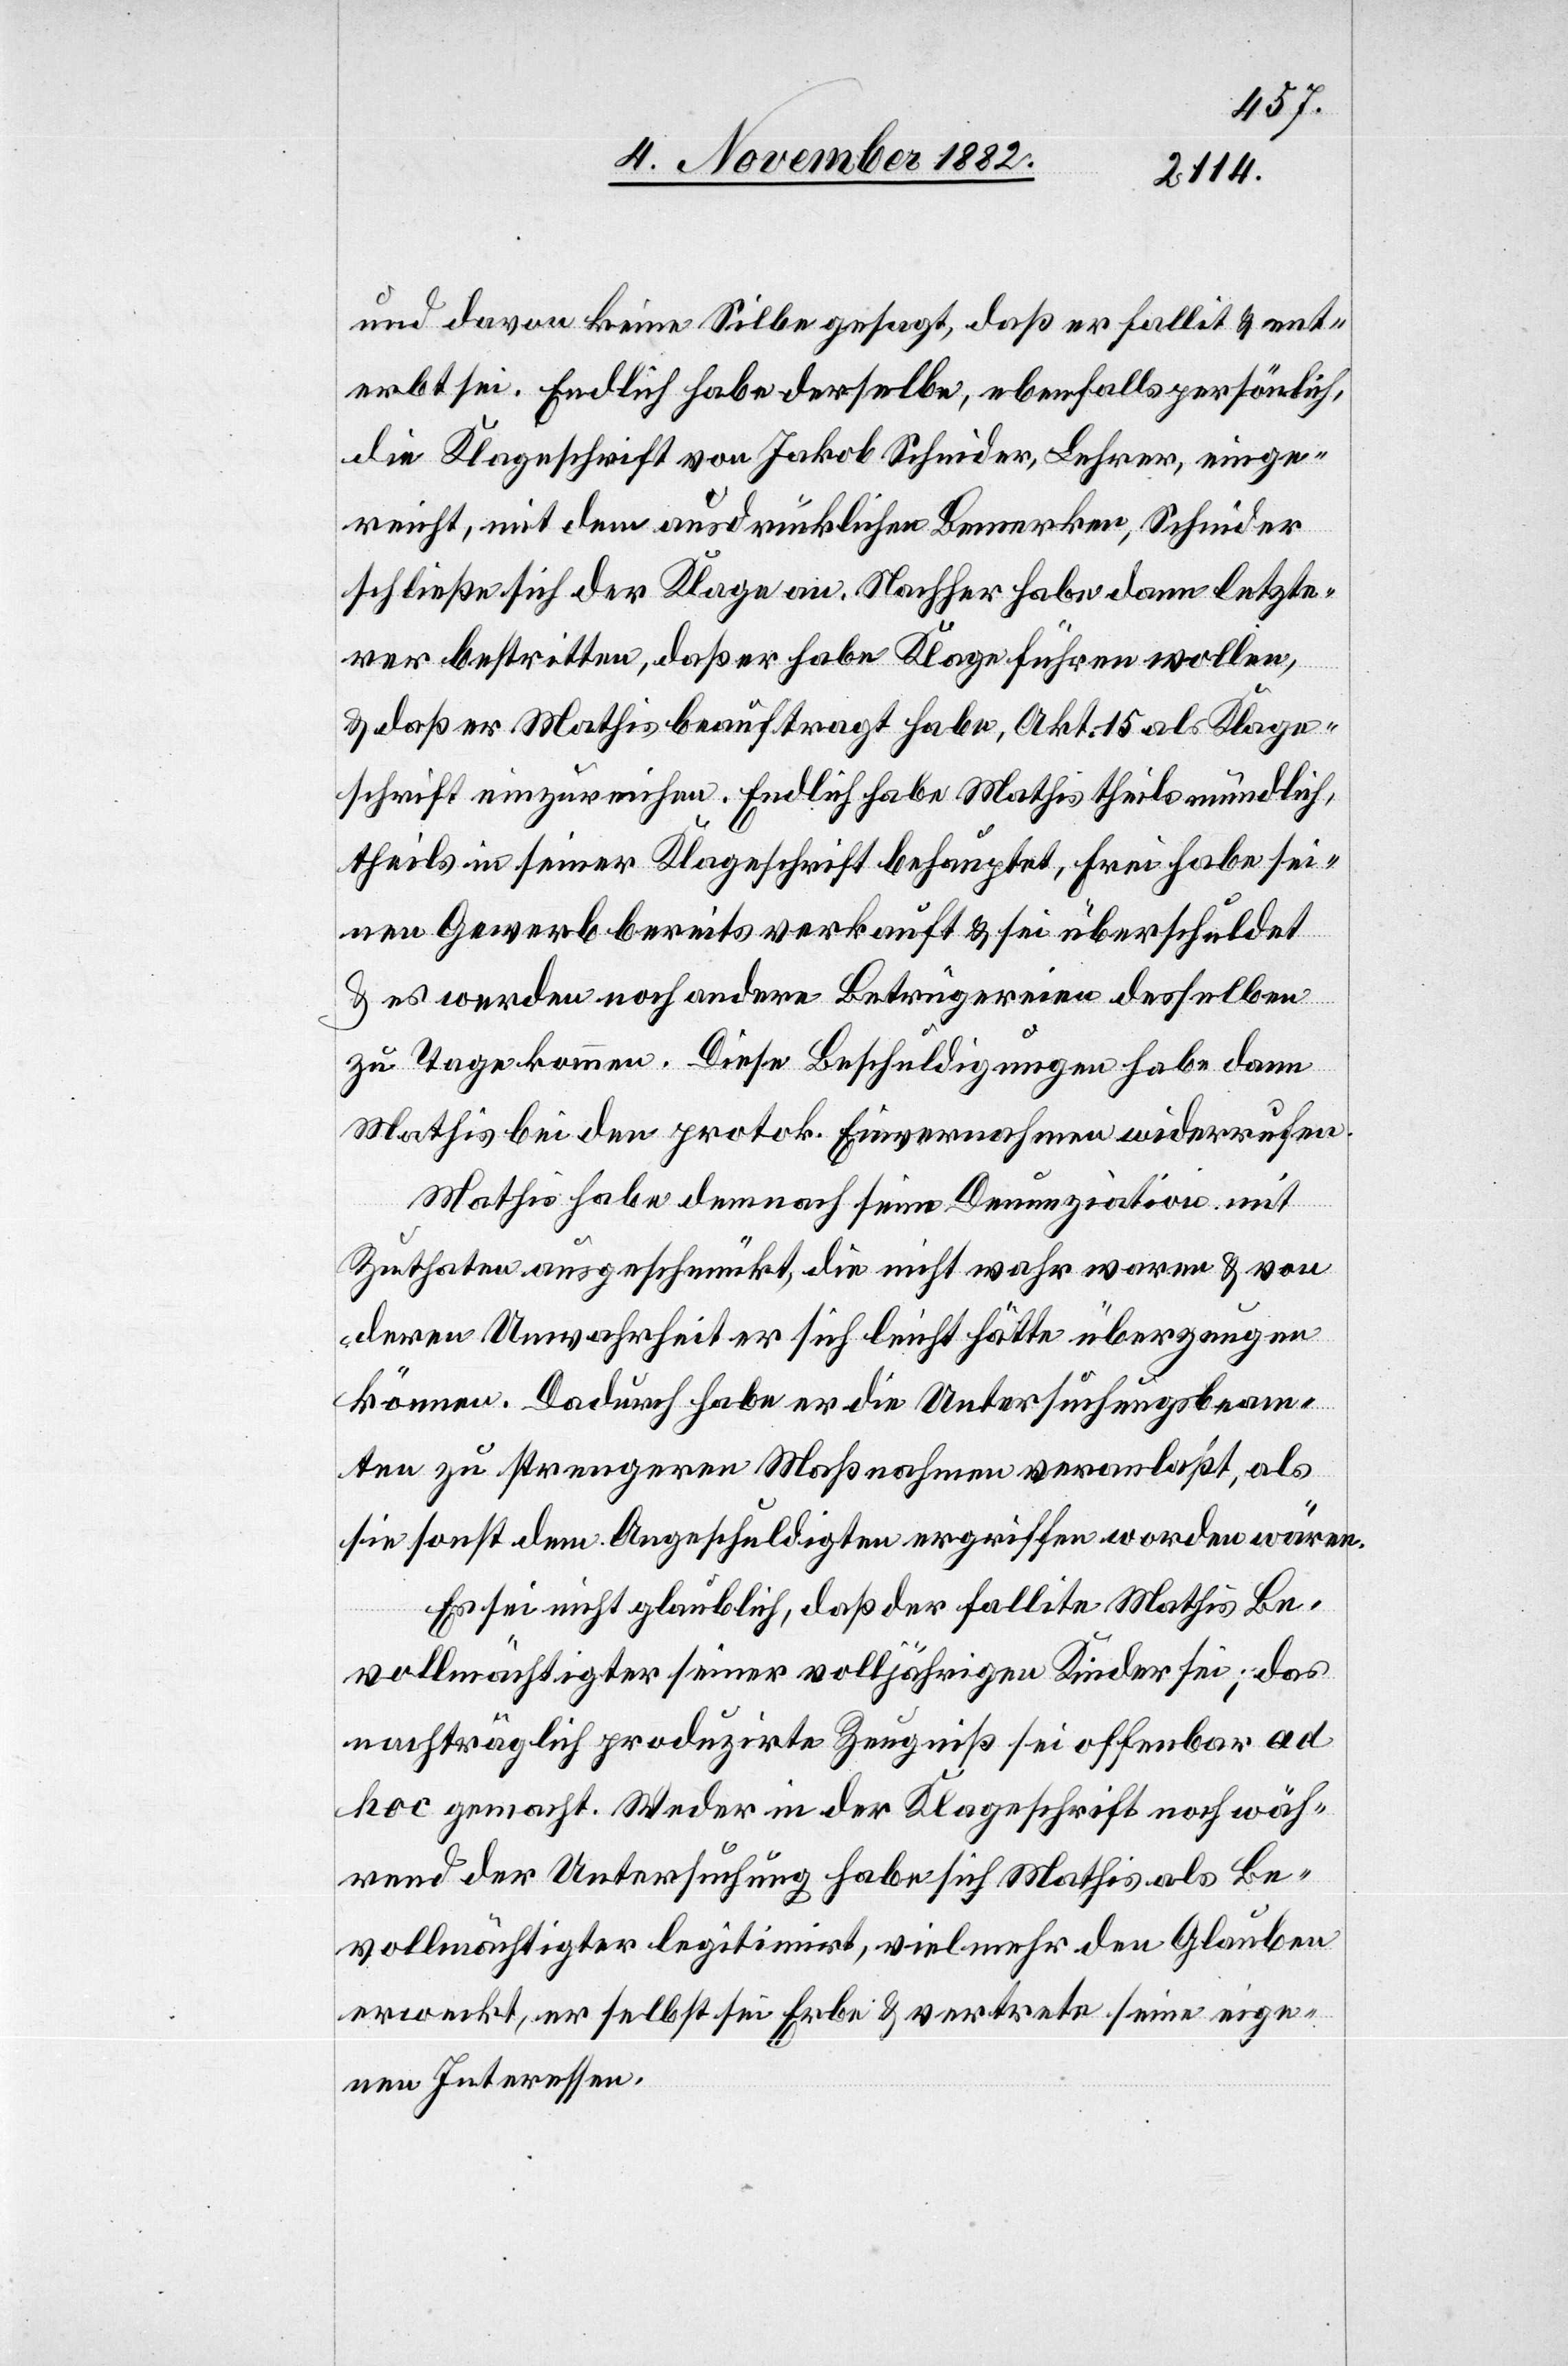
und davon keine Silbe gesagt, daß er fallit & ent¬
erbt sei. Endlich habe derselbe, ebenfalls persönlich,
die Klageschrift von Jakob Schnider, Lehrer, einge¬
reicht, mit dem ausdrücklichen Bemerken, Schnider
schließe sich der Klage an. Nachher habe dann letzte¬
rer bestritten, daß er habe Klage führen wollen,
& daß er Mathis beauftragt habe, Akt. 15 als Klage¬
schrift einzureichen. Endlich habe Mathis theils mündlich,
theils in seiner Klageschrift behauptet, Frei habe sei¬
nen Gewerb bereits verkauft & sei überschuldet
& es werden noch andere Betrügereien desselben
zu Tage kommen. Diese Beschuldigungen habe dann
Mathis bei den protok. Einvernahmen widerrufen.
Mathis habe demnach seine Denunziation mit
Zuthaten ausgeschmückt, die nicht wahr waren & von
deren Unwahrheit er sich leicht hätte überzeugen
können. Dadurch habe er die Untersuchungsbeam¬
ten zu strengern Maßnahmen veranlaßt, als
sie sonst [bei] dem Angeschuldigten ergriffen worden wären.
Es sei nicht glaublich, daß der fallite Mathis Be¬
vollmächtigter seiner volljährigen Kinder sei; das
nachträglich produzirte Zeugniß sei offenbar ad
hoc gemacht. Weder in der Klageschrift noch wäh¬
rend der Untersuchung habe sich Mathis als Be¬
vollmächtigter legitimirt, vielmehr den Glauben
erweckt, er selbst sei Erbe & vertrete seine eige¬
nen Interessen.